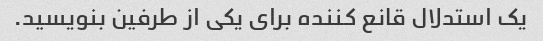
یک استدلال قانع کننده برای یکی از طرفین بنویسید.